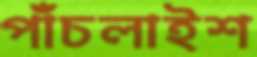
পাঁচলাইশ